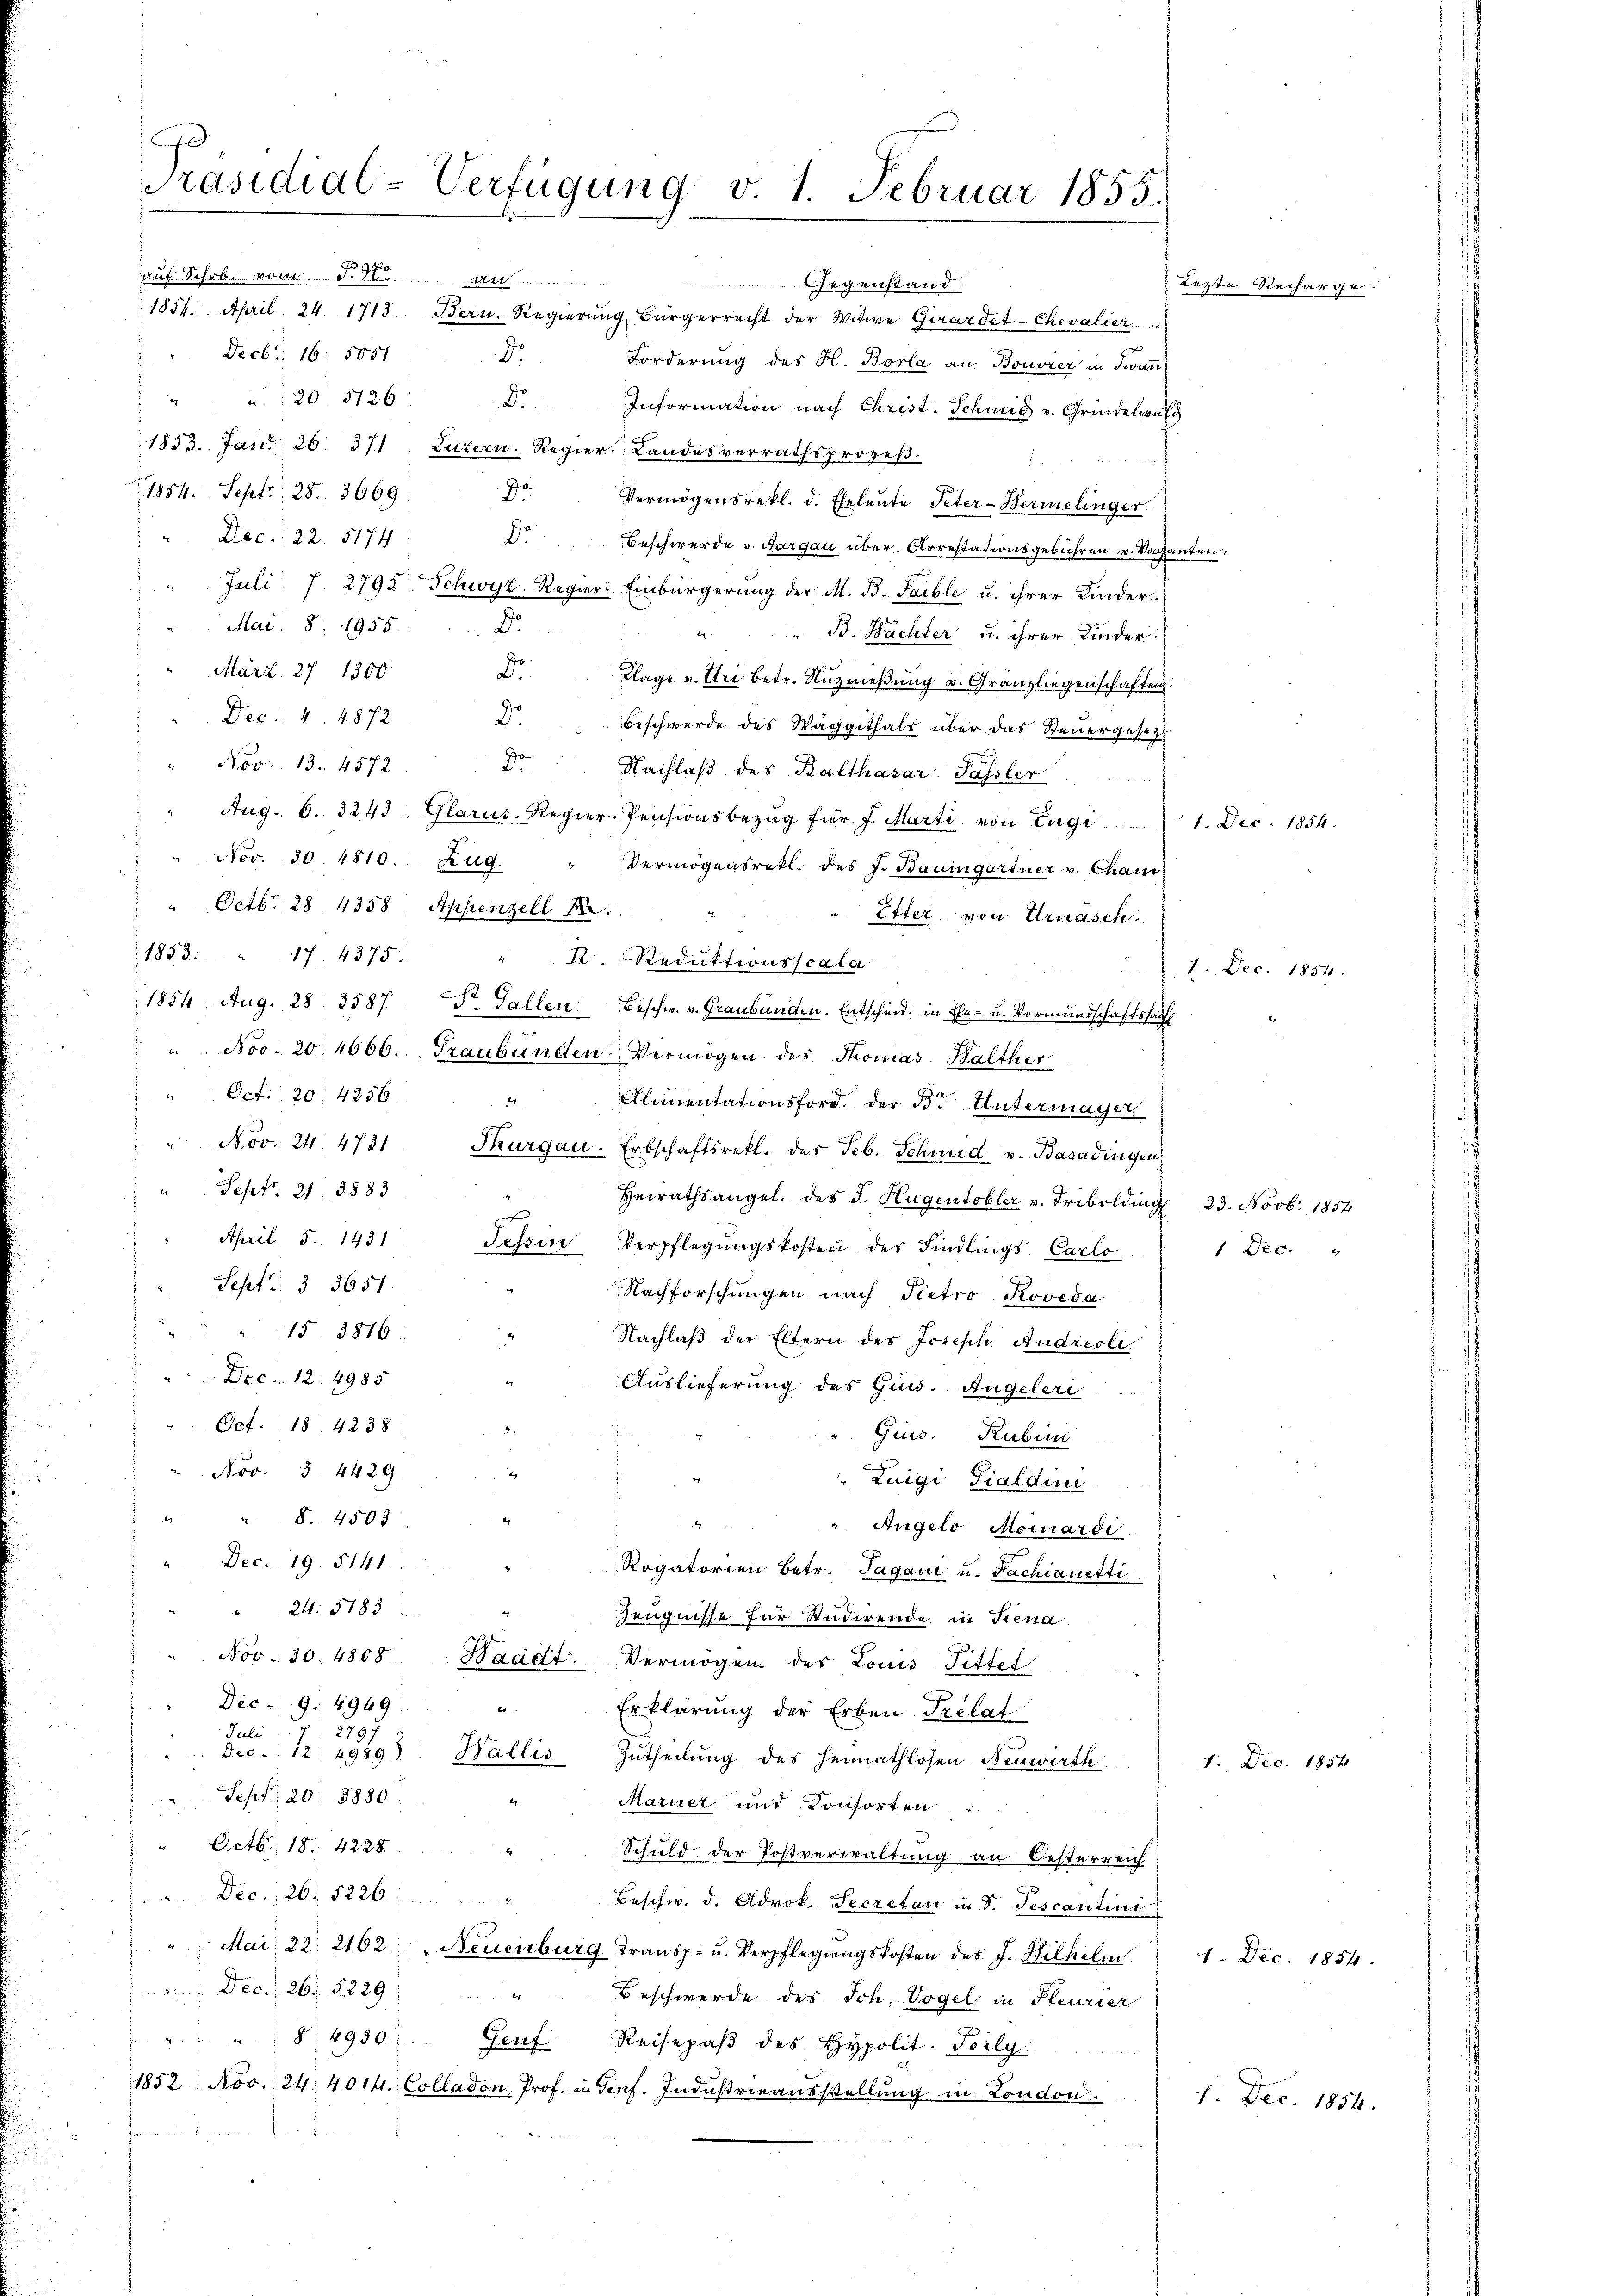
Präsidial-Verfügung v. 1. Februar 1855.

auf Schrb. vom S. 16. an
 Decbr. 16. 5851: d.
" " " 20. 5126.
1833. Janr 26. 371. Luzern. Regier. Landesverrathsprozeβ.
1854. Sept. 28. 3669. De
Vermögensretl. d. Eheleute Peter-Bermelinger
Dec. 22. 5174
D. Beschwerde v. Aargau über Arrestationsgebühren u. Vaganten.
 Juli 7. 2795 Schwyz. Regier: Einbürgerung der M. B. Taible u. ihrer Kinder¬
Mai. S. 1955
D
" B. Nächter u. ihrer Kinder
Do
März. 27 1300
Klage v. Uri betr. Nuznießung v. Granz liegenschaften.
Dec: 4. 4872
Dr.
Beschwerde des Waggithals über das Steuergesetzt
Nov. 13. 4572 Dr. Nachlaβ des Balthasar Passler
Aug. 6. 3243. Glarus. Regier-Pensionsbezŭg für J. Marti von Engi 1. Dec. 1854.
Nov. 30. 1810. Zug " Vermögensretl. des J. Baumgartner v. Cham
 Octb. 28. 4358. Appenzell 12.
Etter von Urnasch
1883. 17. 4375.
R. Reduktionsscala
1854 Aug. 28. 3587 St. Gallen Beschw. v. Graubünden. Entscheid in Ehe- u. Vormundschaftssach¬
" No. 20. 4666. Graubünden Vermögen des Thomas Balther
"Oct: 20. 4256
2
Almentationsford. Der B. Untermayer
Nov. 24. 4731 Thurgau. Erbschaftsrek. des Feb. Schmid v. Basadingen
" Sept. 21. 3883
Heirathsangel. des J. Hugentobler v. Tribolding 23. Novbr. 1854
April 5. 1431 Tessin Verpflegŭngskosten der Findlings Carlo 1 Dec.
Sept. § 3651.
Nachforschungen nach Pietro Roveda
15. 3816.
Nachlaß der Eltern des Joseph Andreoli
 Dec. 12. 4985
Auslieferung des Guts. Angeleri
Oct. 18, 4238.
Gius. Rubin
Nov. 3. 4429.
d
" Luigi Tialdini
2
 S. 4503
" Angelo Monardi
Dec. 19. 5141
Rogatorien Betr. Tagani u. Fachianetti
" 24. 5183:
Zeugnisse für Studirende in Trena
Nov. 30. 4808
Waadt, Vermögen des Louis Fittel
Dec. 9. 4949
e
Erklärung der Erben Trelat
Juli 1797
Dec. 12. 1939) Wallis Zutheilung des Heimathlosen Neuwirth
Sepf: 20. 8880
Maruer und Konsorten
Octbr. 18. 4228.
Schuld der Postverwaltung an Oesterreich
Dec. 26. 5226.
Beschw. d. Adrok. Secretan in S. Tescantini
Mai, 22. 2102 " Neuenburg Transp- u. Verpflegungskosten des J. Hilhelm 1. Dec. 1854.
 Dec. 26. 5229
h
Beschwerde des Joh. Vogel in Pleurier
§ 4930. Genf Reisepaβ des Hypolit. Poily
1852 Nov. 24. 4014. Colladon Prof. in Terf. Industrieausstellung in London.

Gegenstand.
1854. April 24. 1713. Bern. Regierung, Bürgerrecht der Witwe Girardet-Chevalier
Forderung des H. Borla an Bouvier in Twan¬
D. Information nach Christ-Schmid v. Grindelwald

Lezte Rechar

1. Dec. 185.

1. Dec. 1854

ge

2

1. Dec. 1854.